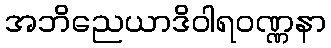
အဘိညေယာဒိဝါရဝဏ္ဏနာ